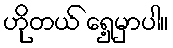
ဟိုတယ် ရှေ့မှာပါ။